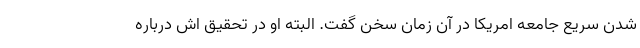
شدن سریع جامعه امریکا در آن زمان سخن گفت. البته او در تحقیق اش درباره